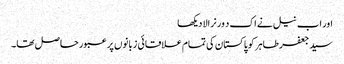
اور اب نیل نے اک د ور نرالا دیکھا
سید جعفر طاہر کو پاکستان کی تمام علاقائی زبانوں پر عبور حاصل تھا۔